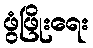
ဖွံဖြိုးရေး